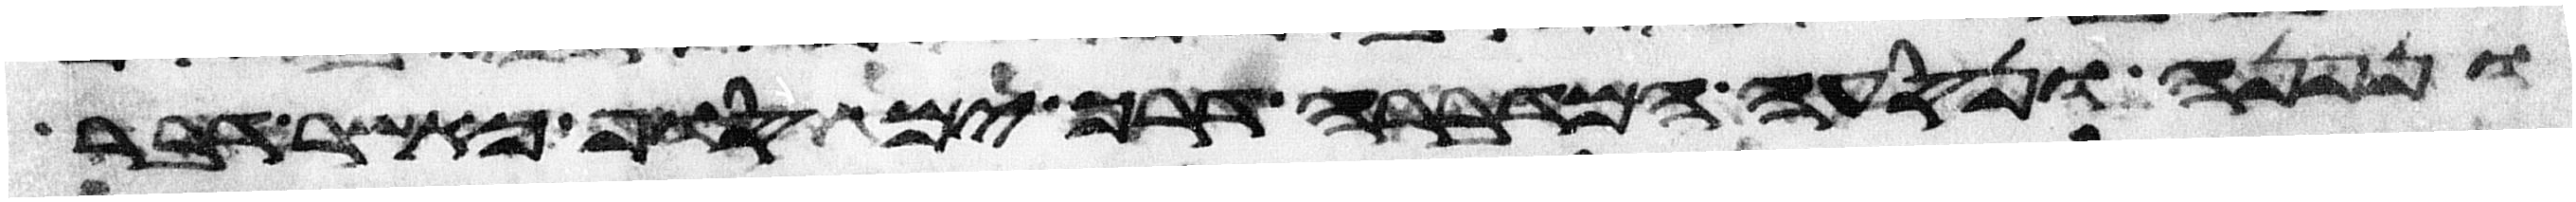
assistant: ונפנה ונסעה המדברה דרך ים סוף כאשר דבר